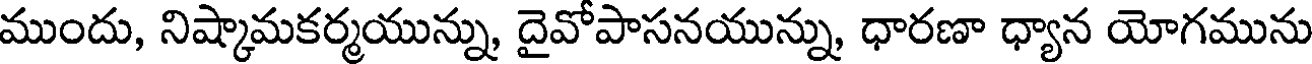
ముందు, నిష్కామకర్మయున్ను, దైవోపాసనయున్ను, ధారణా ధ్యాన యోగమును